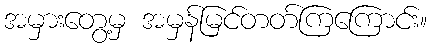
အမှားတွေ့မှ အမှန်မြင်တတ်ကြကြောင်း။